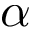
\alpha